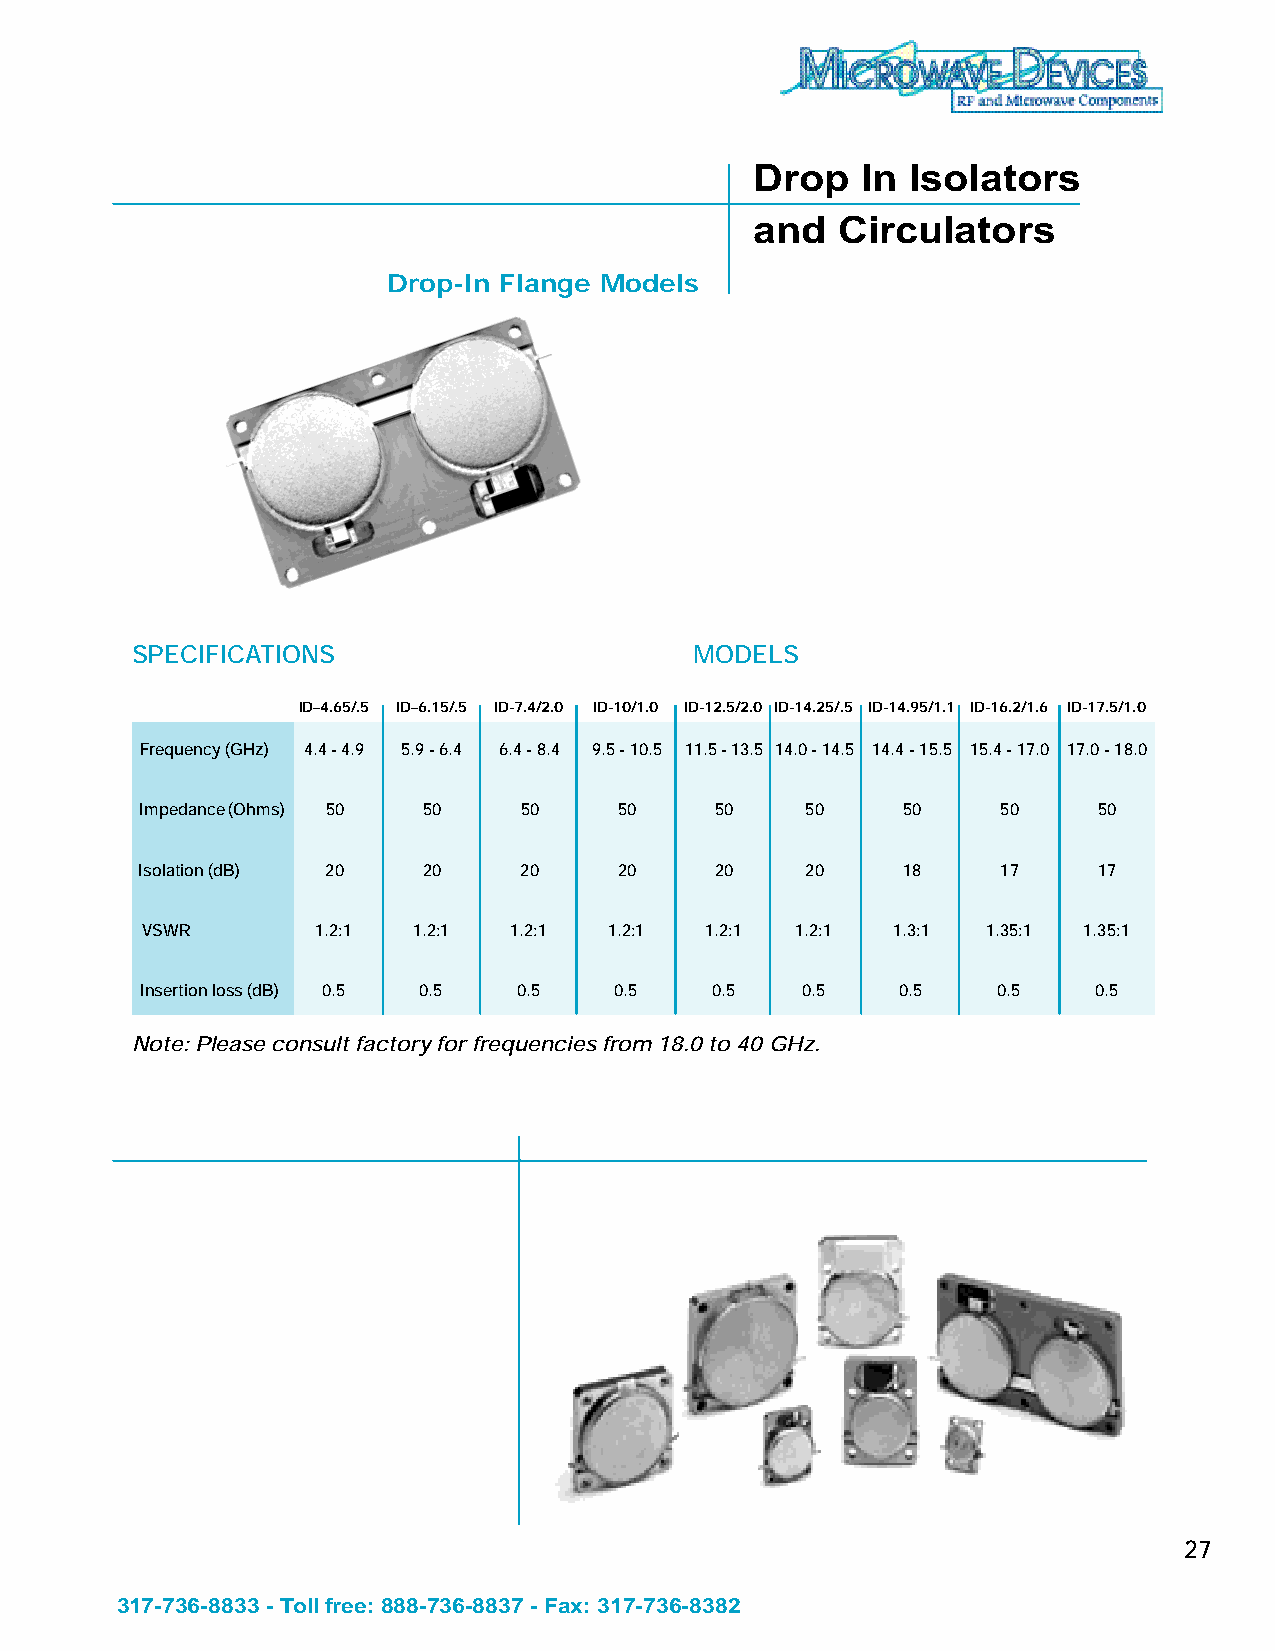
Drop   In Isolators
 and  Circulators
 Drop-In Flange Models
 SPECIFICATIONS                       MODELS
 ID–4.65/.5 ID–6.15/.5 ID-7.4/2.0 ID-10/1.0 ID-12.5/2.0 ID-14.25/.5 ID-14.95/1.1 ID-16.2/1.6 ID-17.5/1.0
 Frequency (GHz) 4.4 - 4.9 5.9 - 6.4 6.4 - 8.4 9.5 - 10.5 11.5 - 13.5 14.0 - 14.5 14.4 - 15.5 15.4 - 17.0 17.0 - 18.0
 Impedance (Ohms) 50 50   50     50    50    50     50    50     50
 Isolation (dB) 20  20    20     20    20    20     18    17     17
 VSWR        1.2:1 1.2:1  1.2:1 1.2:1  1.2:1 1.2:1 1.3:1 1.35:1 1.35:1
 Insertion loss (dB) 0.5 0.5 0.5 0.5   0.5   0.5    0.5   0.5    0.5
 Note: Please consult factory for frequencies from 18.0 to 40 GHz.
 27
 317-736-8833 - Toll free: 888-736-8837 - Fax: 317-736-8382